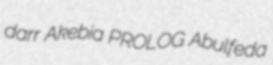
darr Akebia PROLOG Abulfeda